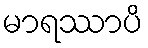
မာရဿာပိ